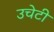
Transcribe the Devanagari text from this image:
उचेटी